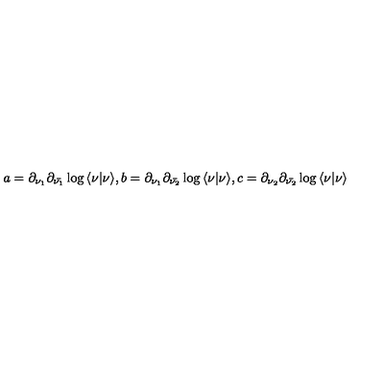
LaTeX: a = { \partial _ { \nu _ { 1 } } } { \partial _ { \bar { \nu _ { 1 } } } } \log { \langle \nu \vert \nu \rangle } , b = { \partial _ { \nu _ { 1 } } } { \partial _ { \bar { \nu _ { 2 } } } } \log { \langle \nu \vert \nu \rangle } , c = { \partial _ { \nu _ { 2 } } } { \partial _ { \bar { \nu _ { 2 } } } } \log { \langle \nu \vert \nu \rangle }